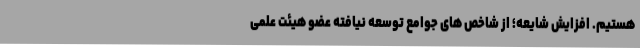
هستیم. افزایش شایعه؛ از شاخص های جوامع توسعه نیافته عضو هیئت علمی